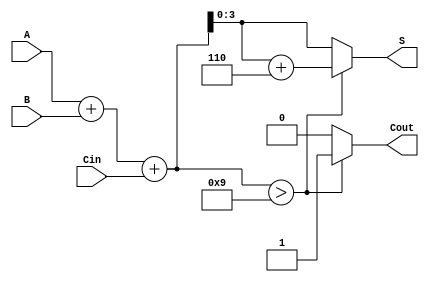
module BCD_Hybrid_Adder (
    input [3:0] A,      // 4-bit BCD input A
    input [3:0] B,      // 4-bit BCD input B
    input Cin,          // Carry-in
    output reg [3:0] S, // 4-bit BCD output S
    output reg Cout     // Carry-out
);

// Internal signals
wire [4:0] Sum; // 5-bit sum to accommodate the carry
reg [4:0] corrected_sum;

// Binary addition
assign Sum = A + B + Cin;

always @(*) begin
    // Check for BCD correction
    if (Sum > 5'd9) begin
        corrected_sum = Sum + 5'd6; // Add 6 for BCD correction
        Cout = 1;                   // Set carry-out
    end else begin
        corrected_sum = Sum;        // No correction needed
        Cout = 0;                   // No carry-out
    end
    
    // Assign the BCD output
    S = corrected_sum[3:0]; // Assign the lower 4 bits
end

endmodule